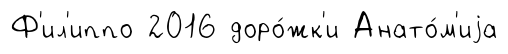
Ф'ил'иппо 2016 доро́жк'и Анато́м'иjа